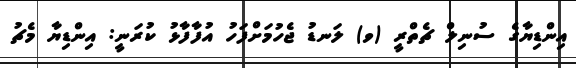
އިންޑިޔާގެ ސުނިލް ޗެތްރީ (ވ) ލަނޑު ޖެހުމަށްފަހު އުފާފާޅު ކުރަނީ: އިންޑިޔާ މެޗު